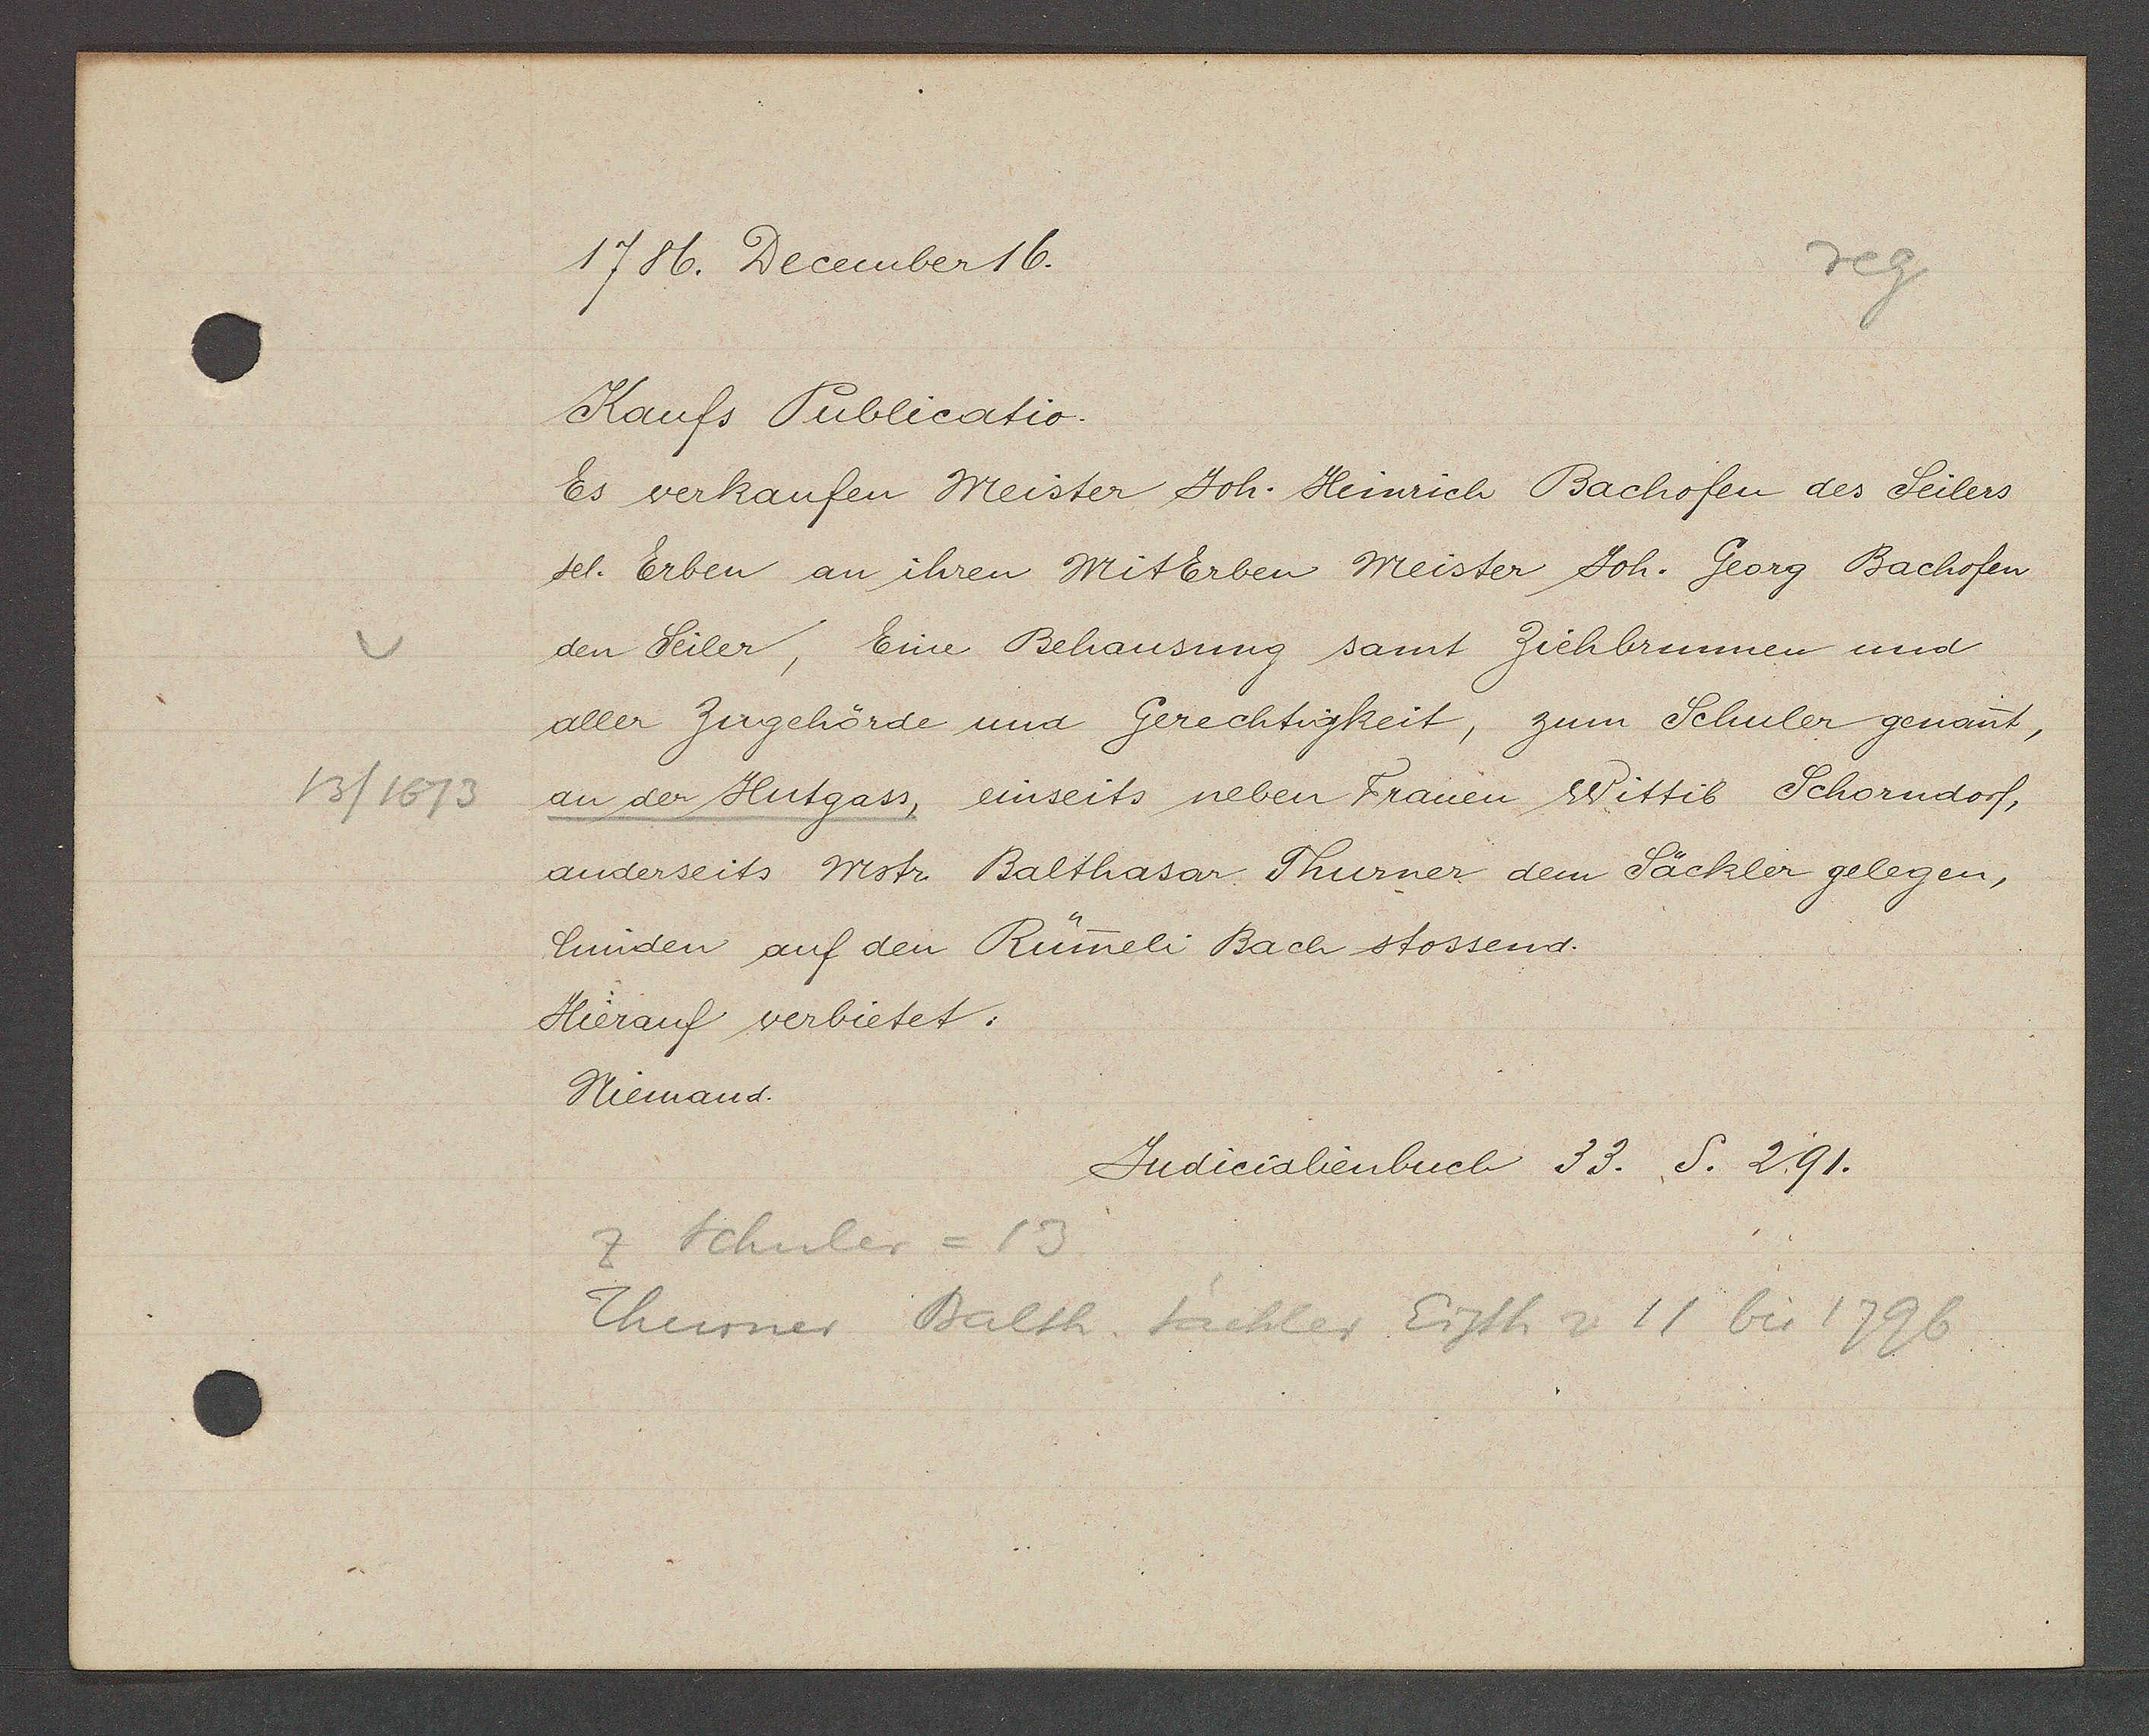
Transcript:
13/1673

1786. December 16.

Kaufs Publicatio.
Es verkaufen Meister Joh. Heinrich Bachofen des Seilers
sel. Erben an ihren Miterben Meister Joh. Georg Bachofen
den Seiler, Eine Behausung samt Ziehbrunnen und
aller Zugehörde und Gerechtigkeit, zum Schuler genant,
an der Hutgass, einseits neben Frauen Wittib Schorndorf,
anderseits Mstr. Balthasar Thurner dem Säckler gelegen,
hinden auf den Rümeli Bach stossend.
Hierauf verbietet:
Niemand.

Judicialienbuch 33. S. 291.

z Schuler = 13
Thurner Balth Sächler Eigth v 11 bis 1796